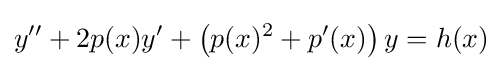
y''+2p(x)y'+\left(p(x)^{2}+p'(x)\right)y=h(x)